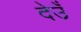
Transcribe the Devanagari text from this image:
देउँ